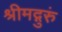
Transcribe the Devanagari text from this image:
श्रीमद्गुरुं